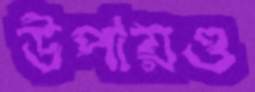
উপায়ও